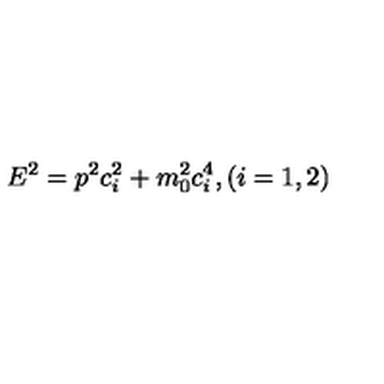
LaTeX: E ^ { 2 } = p ^ { 2 } c _ { i } ^ { 2 } + m _ { 0 } ^ { 2 } c _ { i } ^ { 4 } , ( i = 1 , 2 )